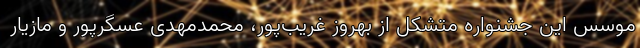
موسس این جشنواره متشکل از بهروز غریب‌پور، محمدمهدی عسگرپور و مازیار